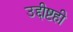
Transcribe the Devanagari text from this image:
उद्दीष्टही